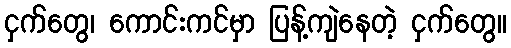
ငှက်တွေ၊ ကောင်းကင်မှာ ပြန့်ကျဲနေတဲ့ ငှက်တွေ။